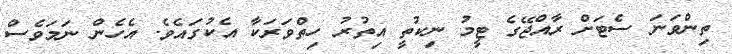
ތިންވަނަ ސެޓަށް ރާއްޖޭގެ ޓީމު ނިކުތީ އިތުރު ހިތްވަރަކާ އެކުގައެވެ. އެހެން ނަމަވެސް